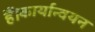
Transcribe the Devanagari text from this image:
हैं।कार्यान्वयन